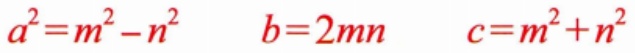
\[a^{2}=m^{2}-n^{2}\quad b = 2mn\quad c=m^{2}+n^{2}\]